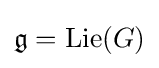
{\mathfrak {g}}=\mathrm {Lie} (G)